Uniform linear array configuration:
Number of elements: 8
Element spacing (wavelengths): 0.5
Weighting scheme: blackman
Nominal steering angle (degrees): -15
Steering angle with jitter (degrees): -13.636
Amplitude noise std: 0.05
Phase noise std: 0.05

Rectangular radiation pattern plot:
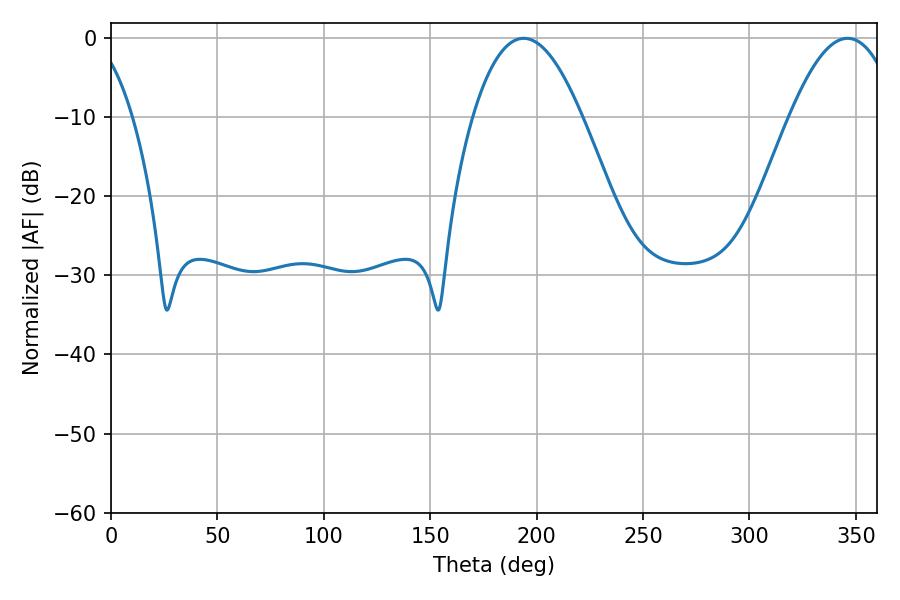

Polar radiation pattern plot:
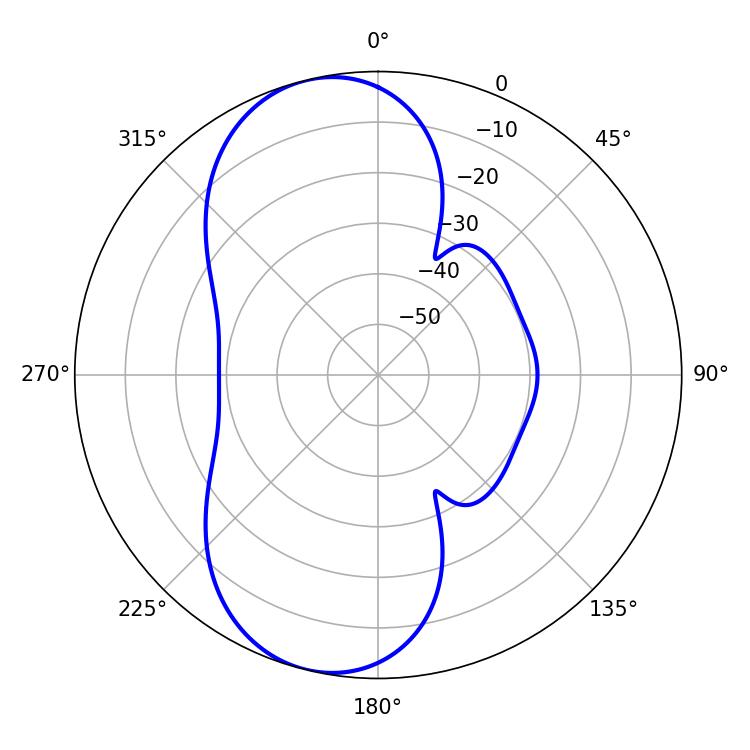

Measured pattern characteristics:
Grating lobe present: FALSE
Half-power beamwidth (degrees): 28.08
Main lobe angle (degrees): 193.86